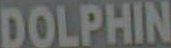
DOLPHIN